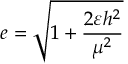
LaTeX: e = { \sqrt { 1 + { \frac { 2 \varepsilon h ^ { 2 } } { \mu ^ { 2 } } } } }